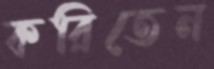
করিতেন